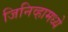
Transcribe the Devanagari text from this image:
जिनिव्हामध्ये